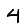
Digit: 4